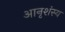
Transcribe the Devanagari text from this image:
आनृशंस्य